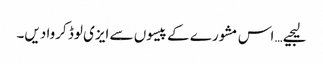
لیجیے… اس مشورے کے پیسوں سے ایزی لوڈ کروا دیں۔